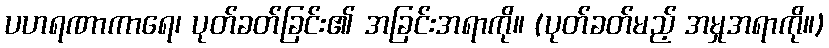
ပဟရဏာကာရေ၊ ပုတ်ခတ်ခြင်း၏ အခြင်းအရာကို။ (ပုတ်ခတ်မည့် အမှုအရာကို။)